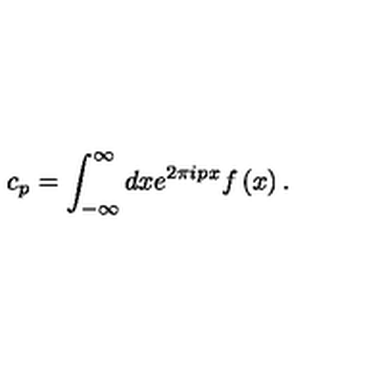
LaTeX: c _ { p } = \int _ { - \infty } ^ { \infty } d x e ^ { 2 \pi i p x } f \left( x \right) .